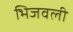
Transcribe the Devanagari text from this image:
भिजवली